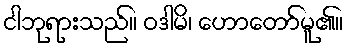
ငါဘုရားသည်။ ဝဒါမိ၊ ဟောတော်မူ၏။